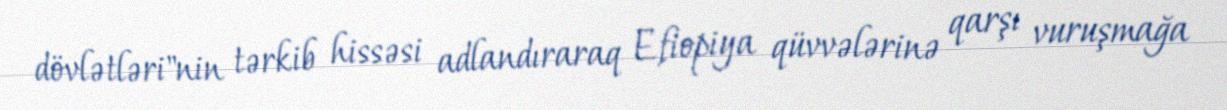
dövlətləri"nin tərkib hissəsi adlandıraraq Efiopiya qüvvələrinə qarşı vuruşmağa